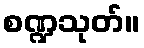
စဏ္ဍသုတ်။